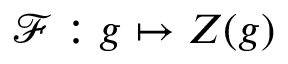
\mathcal { F } : g \mapsto Z ( g )